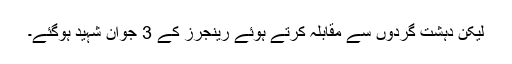
لیکن دہشت گردوں سے مقابلہ کرتے ہوئے رینجرز کے 3 جوان شہید ہوگئے۔